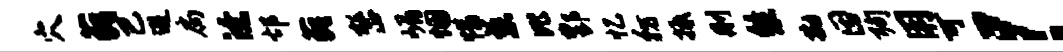
穴藐巴避扃潦邙藐整嵋悃惜慈比酆忆彷抵删悠勘因殉用可！